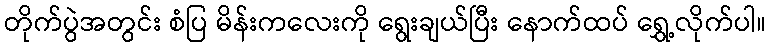
တိုက်ပွဲအတွင်း စံပြ မိန်းကလေးကို ရွေးချယ်ပြီး နောက်ထပ် ရွှေ့လိုက်ပါ။